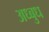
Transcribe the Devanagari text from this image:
अध्बुध